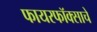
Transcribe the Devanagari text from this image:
फायरफॉक्साचे